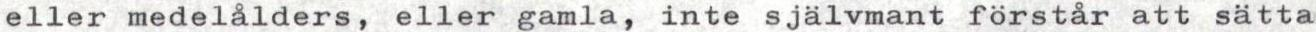
eller medelålders, eller gamla, inte självmant förstår att sätta